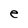
Character: e